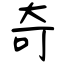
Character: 奇